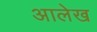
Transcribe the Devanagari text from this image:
अालेख